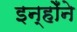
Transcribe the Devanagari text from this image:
इन्होँने